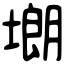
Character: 㙟